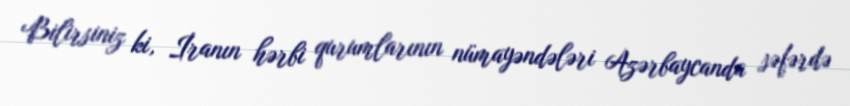
Bilirsiniz ki, İranın hərbi qurumlarının nümayəndələri Azərbaycanda səfərdə